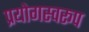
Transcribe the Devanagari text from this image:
प्रयोगस्वरूप